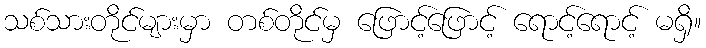
သစ်သားတိုင်များမှာ တစ်တိုင်မှ ဖြောင့်ဖြောင့် ရောင့်ရောင့် မရှိ။